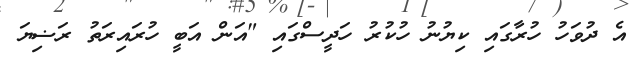
އެ ދުވަހު ހުރާގައި ކިޔުނު ހުކުރު ހަދީސްގައި "އަން އަބީ ހުރައިރަތު ރަޟިޔަ